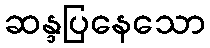
ဆန္ဒပြနေသော